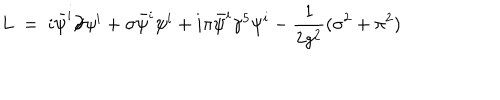
L ~ = ~ i \bar { \psi } ^ { i } { \partial \! \! \! / } \psi ^ { i } + \sigma \bar { \psi } ^ { i } \psi ^ { i } + i \pi \bar { \psi } ^ { i } \gamma ^ { 5 } \psi ^ { i } - \frac { 1 } { 2 g ^ { 2 } } ( \sigma ^ { 2 } + \pi ^ { 2 } )